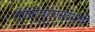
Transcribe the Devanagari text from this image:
रीतिरिवाजासंबंधीची